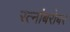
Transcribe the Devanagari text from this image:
रत्नांबरोबर